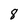
Character: 8